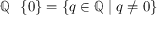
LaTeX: \mathbb { Q } \setminus \left\{ 0 \right\} = \left\{ q \in \mathbb { Q } \mid q \neq 0 \right\}